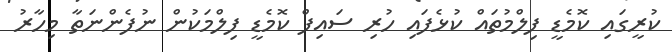
ކުރީގައި ކޮމެޑީ ފިލްމުތައް ކުޅެފައި ހުރި ސައިފް ކޮމެޑީ ފިލްމަކުން ނުފެންނަތާ މިހާރު